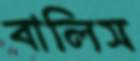
বালিস